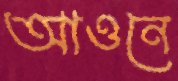
আওনে